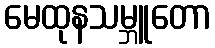
မေထုနသမ္ဘူတော